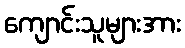
ကျောင်းသူများအား